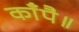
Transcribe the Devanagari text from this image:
काँपै॥